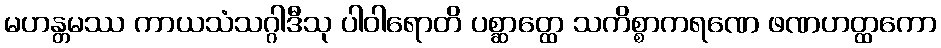
မဟန္တမဿ ကာယသံသဂ္ဂါဒီသု ပါဝါရောတိ ပစ္ဆာတ္ထေ သကိစ္စာကရဏေ ဖဏဟတ္ထကော